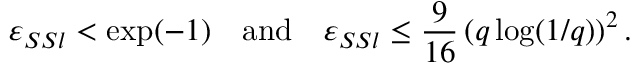
\varepsilon _ { S S l } < \exp ( - 1 ) \quad \mathrm { a n d } \quad \varepsilon _ { S S l } \leq \frac { 9 } { 1 6 } \left( q \log ( 1 / q ) \right) ^ { 2 } .